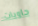
حاويات